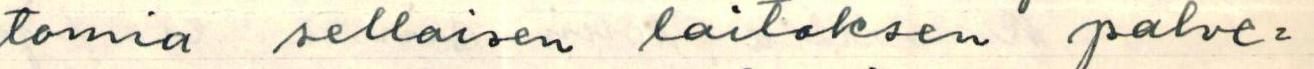
tomia sellaiseen laitokseen palve=